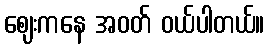
ဈေးကနေ အဝတ် ဝယ်ပါတယ်။